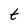
Character: t